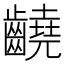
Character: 䶧